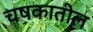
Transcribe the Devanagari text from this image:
चषकातील